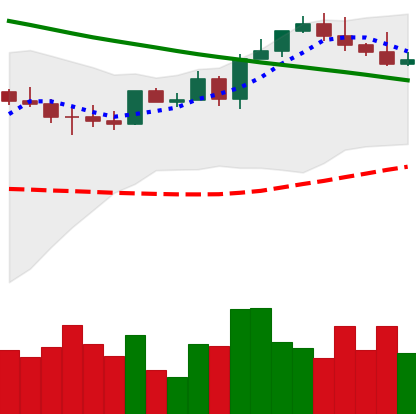
Ticker: ETH-USD
Chart end date: 2022-08-18
Forward return: -9.975%
Label: down_7plus